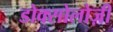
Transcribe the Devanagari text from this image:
डोक्सोलोज़ी